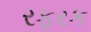
રફરક